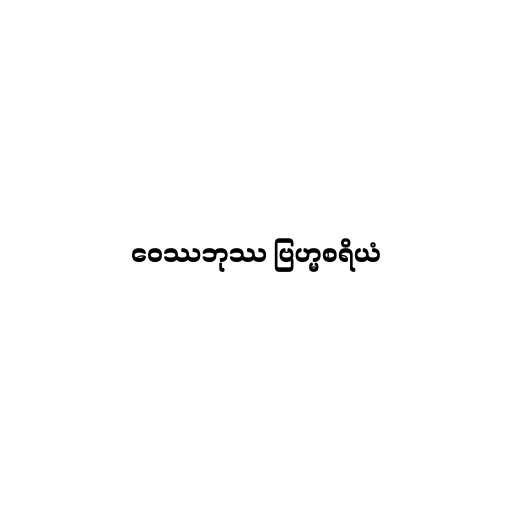
ဝေဿဘုဿ ဗြဟ္မစရိယံ